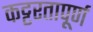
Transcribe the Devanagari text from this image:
कट्टरतापूर्ण